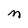
Character: M